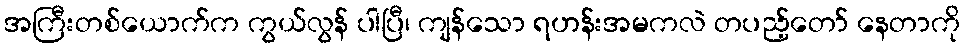
အကြီးတစ်ယောက်က ကွယ်လွန် ပါပြီ၊ ကျန်သော ရဟန်းအမကလဲ တပည့်တော် နေတာကို